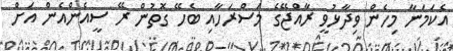
އެކަމަނާ މިހެން ވިދާޅުވީ ރާއްޖޭގެ މަސްރަހާއި ބެހޭ ގޮތުން ރޭ ސީއެންއެން އަށް